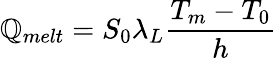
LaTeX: \mathbb{Q}_{melt}=S_{0}\lambda_{L}\frac{{T_{m}-T_{0}}}{{h}}